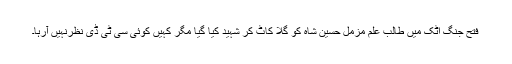
فتح جنگ اٹک میں طالب علم مزمل حسین شاہ کو گلا کاٹ کر شہید کیا گیا مگر کہیں کوئی سی ٹی ڈی نظرنہیں آرہا۔